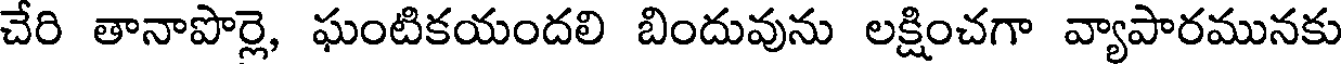
చేరి తానాపొర్లె, ఘంటికయందలి బిందువును లక్షించగా వ్యాపారమునకు